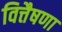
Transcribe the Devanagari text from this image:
वित्तैषणा